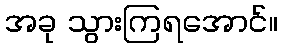
အခု သွားကြရအောင်။